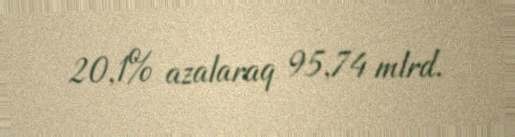
20,1% azalaraq 95,74 mlrd.